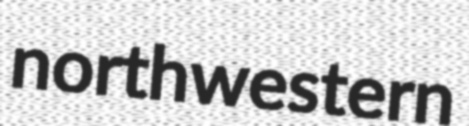
northwestern